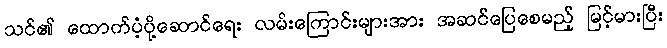
သင်၏ ထောက်ပံ့ပို့ဆောင်ရေး လမ်းကြောင်းများအား အဆင်ပြေစေမည့် မြင့်မားပြီး